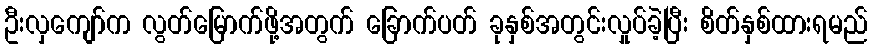
ဦးလှကျော်က လွတ်မြောက်ဖို့အတွက် ခြောက်ပတ် ခုနှစ်အတွင်းလှုပ်ခဲ့ပြီး စိတ်နှစ်ထားရမည်